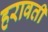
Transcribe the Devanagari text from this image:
हरावती